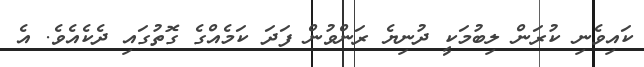
ކައިވެނި ކުރަން ލިބުމަކީ ދުނިޔެ ރަންވުން ފަދަ ކަމެއްގެ ގޮތުގައި ދެކެއެވެ. އެ